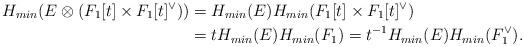
LaTeX: \begin{align*}H_{min}(E\otimes (F_1[t]\times F_1[t]^{\vee}))&=H_{min}(E)H_{min}(F_1[t]\times F_1[t]^{\vee})\\&=tH_{min}(E)H_{min}(F_1)=t^{-1}H_{min}(E)H_{min}(F_1^{\vee}).\end{align*}